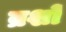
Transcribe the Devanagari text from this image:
ब्रशों